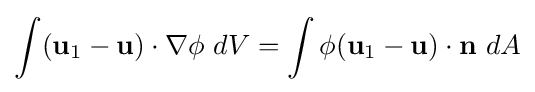
\int (\mathbf {u} _{1}-\mathbf {u} )\cdot \nabla \phi \ dV=\int \phi (\mathbf {u} _{1}-\mathbf {u} )\cdot \mathbf {n} \ dA